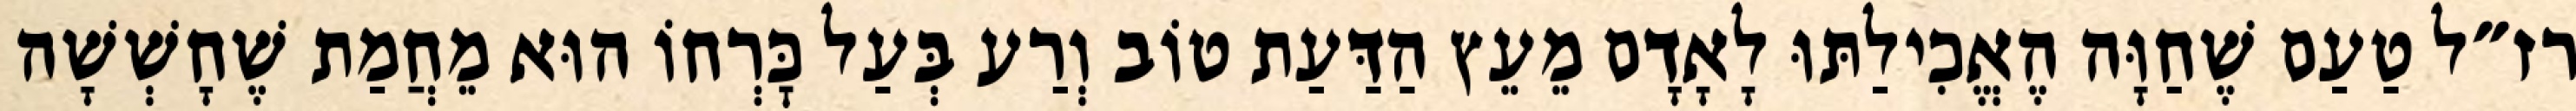
רז״ל טַעַם שֶׁחַוָּה הֶאֱכִילַתּוּ לָאָדָם מֵעֵץ הַדַּעַת טוֹב וְרַע בְּעַל כׇּרְחוֹ הוּא מֵחֲמַת שֶׁחָשְׁשָׁה